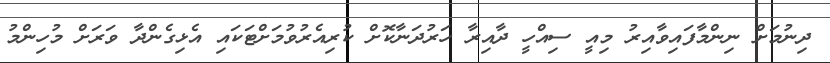
ދިނުމަށް ނިންމާފައިވާއިރު މިއީ ސިއްހީ ދާއިރާ ހަރުދަނާކޮށް ކުރިއެރުވުމަށްޓަކައި އެޅިގެންދާ ވަރަށް މުހިންމު